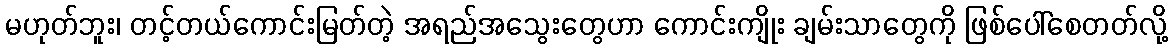
မဟုတ်ဘူး၊ တင့်တယ်ကောင်းမြတ်တဲ့ အရည်အသွေးတွေဟာ ကောင်းကျိုး ချမ်းသာတွေကို ဖြစ်ပေါ်စေတတ်လို့